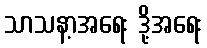
သာသနာ့အရေး ဒို့အရေး